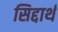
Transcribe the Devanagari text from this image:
सिद्दार्थ